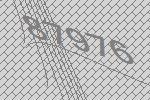
87976